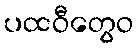
ပထဝီတွေဝ